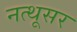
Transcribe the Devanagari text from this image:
नत्थूसर